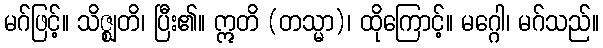
မဂ်ဖြင့်။ သိဇ္ဈတိ၊ ပြီး၏။ ဣတိ (တသ္မာ)၊ ထိုကြောင့်။ မဂ္ဂေါ၊ မဂ်သည်။